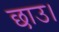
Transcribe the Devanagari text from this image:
छाउ।